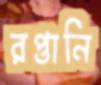
রপ্তানি